画像に写った文字を読んでください
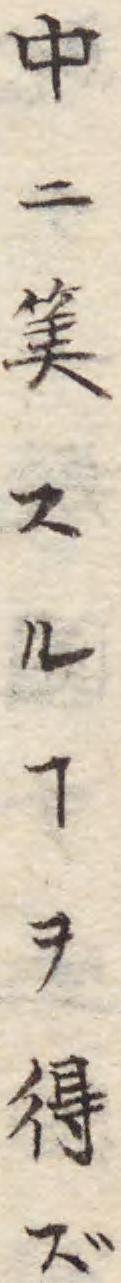
「中ニ𥮅スルヿヲ得ズ」と書いてあります